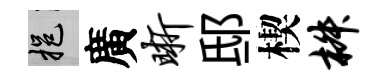
挹廣晰邸楔椒